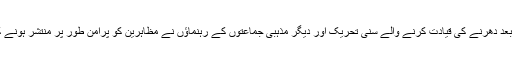
اس معاہدے کے بعد دھرنے کی قیادت کرنے والے سنی تحریک اور دیگر مذہبی جماعتوں کے رہنماؤں نے مظاہرین کو پرامن طور پر منتشر ہونے کی ہدایت کر دی۔